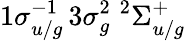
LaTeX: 1\sigma_{u/g}^{-1}\, 3\sigma_{g}^{2}\; ^{2}\Sigma_{u/g}^{+}